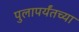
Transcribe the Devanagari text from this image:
पुलापर्यंतच्या